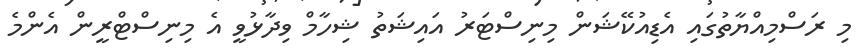
މި ރަސްމިއްޔާތުގައި އެޑިއުކޭޝަން މިނިސްޓަރު އައިޝަތު ޝިހާމް ވިދާޅުވީ އެ މިނިސްޓްރީން އެންމެ